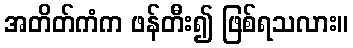
အတိတ်ကံက ဖန်တီး၍ ဖြစ်ရသလား။